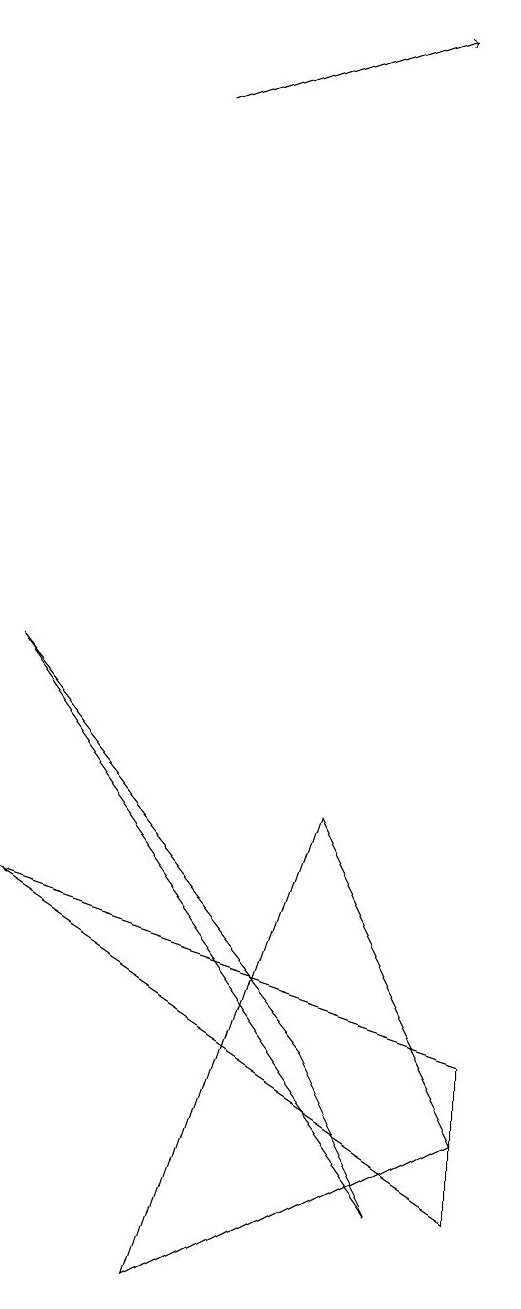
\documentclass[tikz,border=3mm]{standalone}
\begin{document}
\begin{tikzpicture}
\draw[->] (4,15) -- (7,16);
\draw (4,0) -- (8,2) -- (6,6) -- cycle;
\draw (8,1) -- (8,3) -- (2,5) -- cycle;
\draw (6,3) -- (7,1) -- (2,8) -- cycle;
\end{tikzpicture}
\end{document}